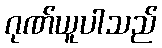
ဂုဏ်ယူပါသည်